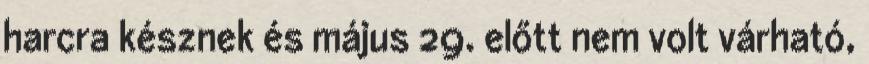
harcra késznek és május 29. előtt nem volt várható,